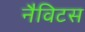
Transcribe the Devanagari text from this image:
नैविटस